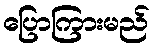
ပြောကြားမည်